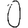
Digit: 0